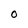
Character: O